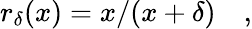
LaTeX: r_{\delta}(x)=x/(x+\delta)\quad,